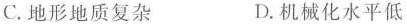
C.地形地质复杂 D.机械化水平低